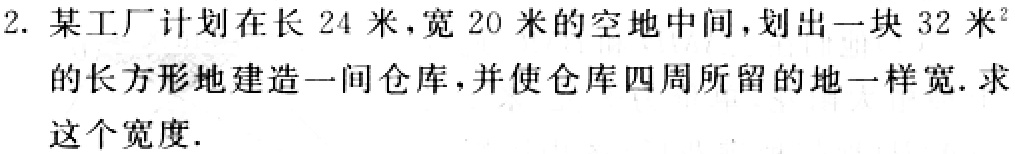
2. 某工厂计划在长 24 米，宽 20 米的空地中间，划出一块 32 米²的长方形地建造一间仓库，并使仓库四周所留的地一样宽. 求这个宽度.